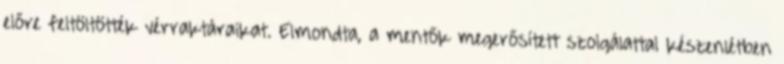
előre feltöltötték vérraktáraikat. Elmondta, a mentők megerősített szolgálattal készenlétben